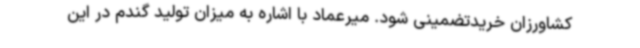
کشاورزان خریدتضمینی شود. میرعماد با اشاره به میزان تولید گندم در این